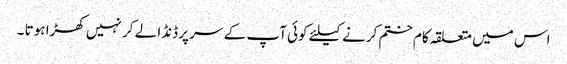
اس میں متعلقہ کام ختم کرنے کیلئے کوئی آپ کے سر پر ڈنڈا لے کر نہیں کھڑا ہوتا ۔